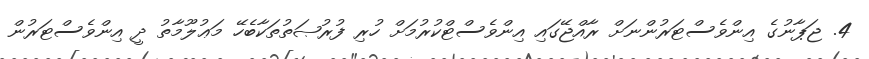
4. ޖަޕާނުގެ އިންވެސްޓަރުންނަށް ރާއްޖޭގައި އިންވެސްޓްކުރުމަށް ހުރި ފުރުޞަތުތަކާބެހޭ މަޢުލޫމާތު ދީ އިންވެސްޓަރުން